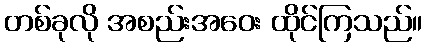
တစ်ခုလို အစည်းအဝေး ထိုင်ကြသည်။